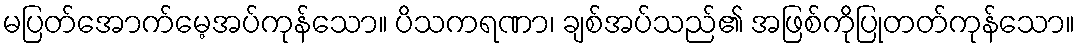
မပြတ်အောက်မေ့အပ်ကုန်သော။ ပိသကရဏာ၊ ချစ်အပ်သည်၏ အဖြစ်ကိုပြုတတ်ကုန်သော။